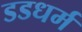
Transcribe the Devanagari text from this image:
डडधर्म